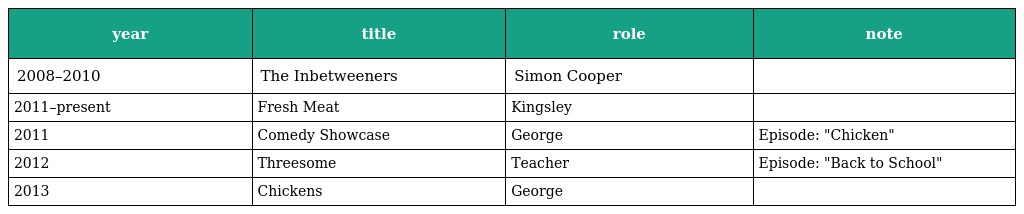
| year | title | role | note |
 | --- | --- | --- | --- |
 | 2008–2010 | The Inbetweeners | Simon Cooper |  |
 | 2011–present | Fresh Meat | Kingsley |  |
 | 2011 | Comedy Showcase | George | Episode: "Chicken" |
 | 2012 | Threesome | Teacher | Episode: "Back to School" |
 | 2013 | Chickens | George |  |